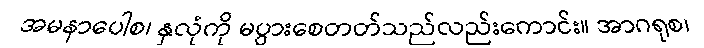
အမနာပေါစ၊ နှလုံကို မပွားစေတတ်သည်လည်းကောင်း။ အာဂရုစ၊